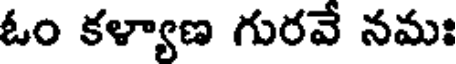
ఓం కళ్యాణ గురవే నమః